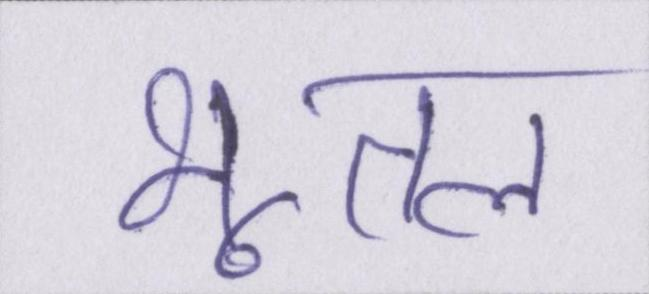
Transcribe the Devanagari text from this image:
भूतल